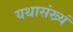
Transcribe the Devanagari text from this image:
यथासंख्यं